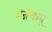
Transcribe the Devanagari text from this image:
वन्नेकपू